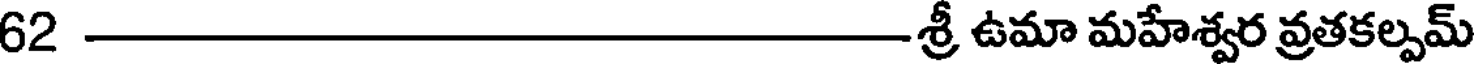
62-శ్రీ ఉమా మహేశ్వర వ్రతకల్పమ్